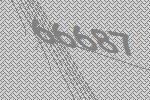
66687